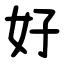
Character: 好